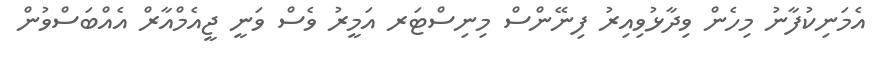
އެމަނިކުފާނު މިހެން ވިދާޅުވިއިރު ފިނޭންސް މިނިސްޓަރ އަމީރު ވެސް ވަނީ ޖީއެމްއާރް އެއްބަސްވުން